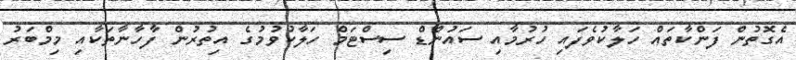
އެގޮތުން ފަންކާތައް ހަލާކުވެފައި ހުރުމާއި ސައުންޑް ސިސްޓަމް ހަލާކުވުމުގެ އިތުރުން ފާހާނާތަކާއި މިމްބަރު